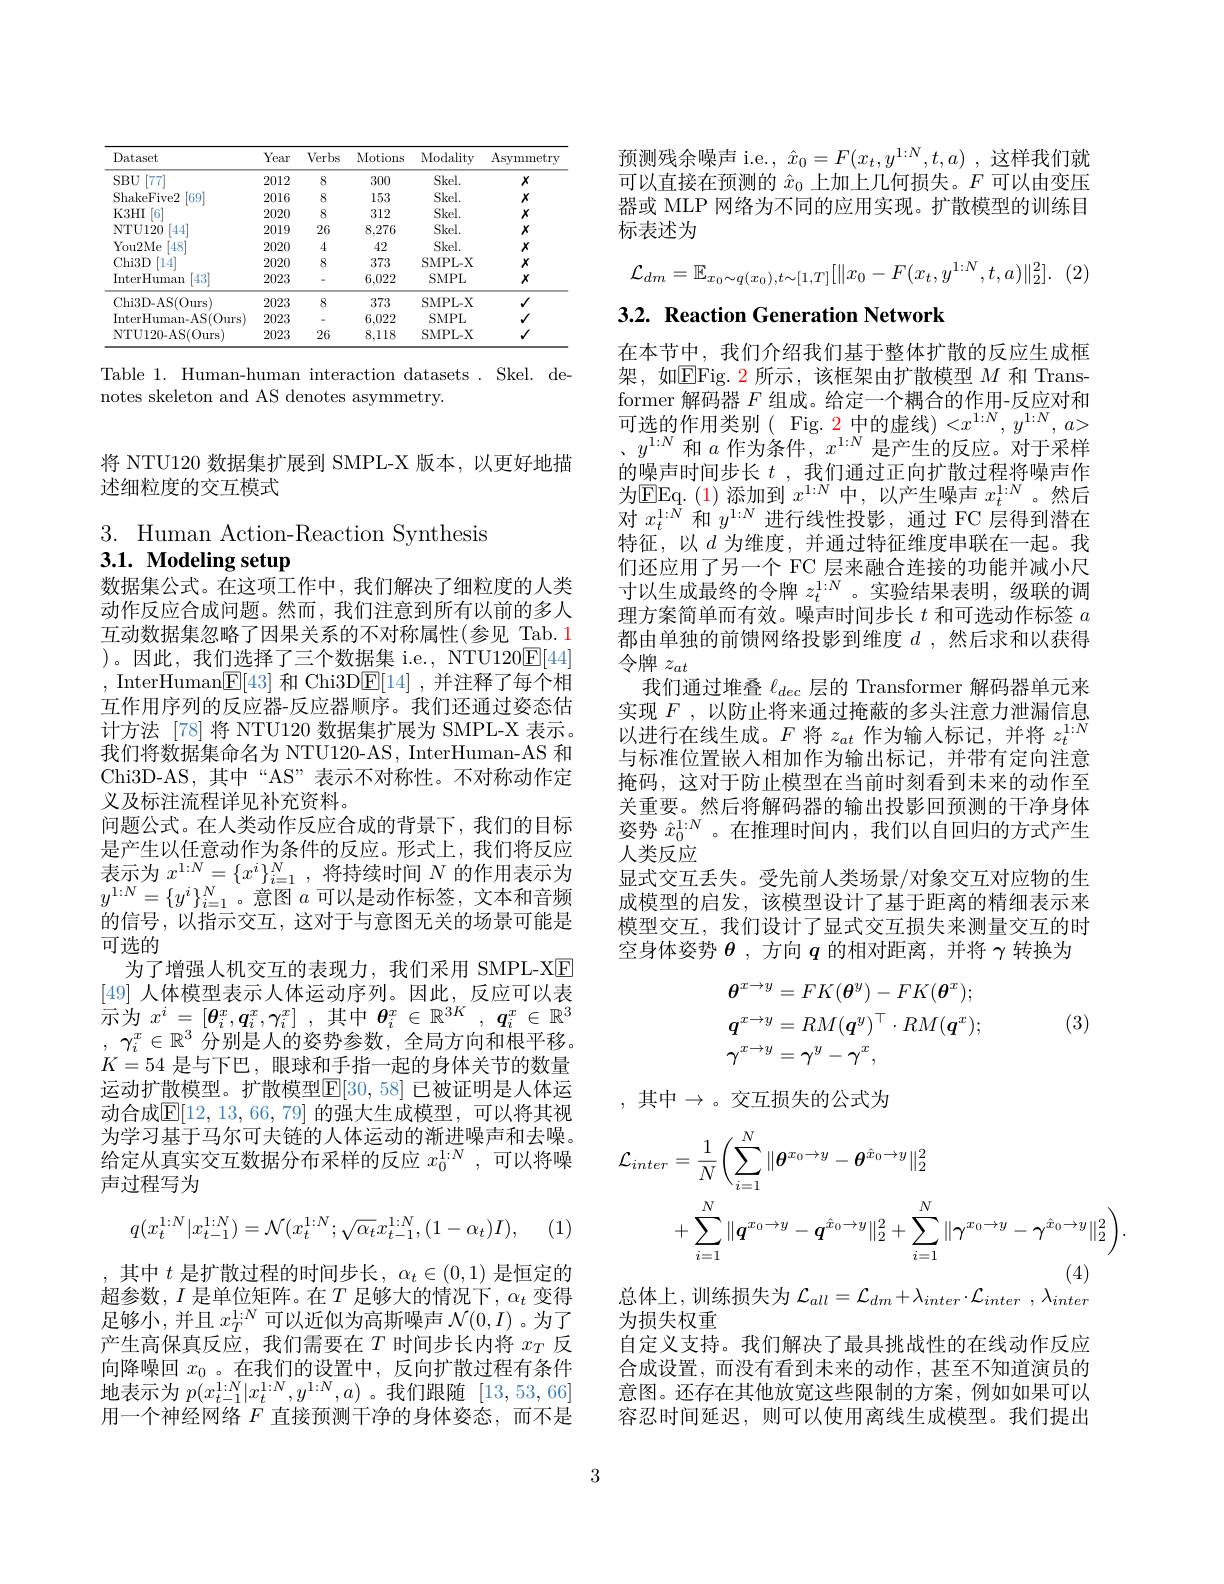
<table>
	<tbody>
		<tr>
			<th>Dataset</th>
			<th>Year</th>
			<th>Verbs</th>
			<th>Motions</th>
			<th>Modality</th>
			<th>Asymmetry</th>
		</tr>
		<tr>
			<td>$SBU$ [777]</td>
			<td>2012</td>
			<td>8</td>
			<td>300</td>
			<td>$Skel.$</td>
			<td>$X$</td>
		</tr>
		<tr>
			<td>ShakeFive2 $\lceil69\rceil$</td>
			<td>2016</td>
			<td>8</td>
			<td>153</td>
			<td>$Skel.$</td>
			<td>$X$</td>
		</tr>
		<tr>
			<td>K3HI [6]</td>
			<td>2020</td>
			<td>8</td>
			<td>312</td>
			<td>$Skel.$</td>
			<td>$X$</td>
		</tr>
		<tr>
			<td>NTU120 $[44]^{2}$</td>
			<td>2019</td>
			<td>26</td>
			<td>8,276</td>
			<td>$Skel.$</td>
			<td>$X$</td>
		</tr>
		<tr>
			<td>You2Me $[48^{*}$</td>
			<td>2020</td>
			<td>4</td>
			<td>42</td>
			<td>$Skel.$</td>
			<td>$X$</td>
		</tr>
		<tr>
			<td>$Chi3D$ 14</td>
			<td>2020</td>
			<td>8</td>
			<td>373</td>
			<td>SMPL- X</td>
			<td>$X$</td>
		</tr>
		<tr>
			<td>InterHuman [43]</td>
			<td>2023</td>
			<td> </td>
			<td>6,022</td>
			<td>SMPL</td>
			<td>$X$</td>
		</tr>
		<tr>
			<td>Chi3D-AS(Ours)</td>
			<td>2023</td>
			<td>8</td>
			<td>373</td>
			<td>SMPL- X</td>
			<td>$√$</td>
		</tr>
		<tr>
			<td>InterHuman- AS(Ours</td>
			<td>2023</td>
			<td> </td>
			<td>6,022</td>
			<td>SMPL</td>
			<td>$√$</td>
		</tr>
		<tr>
			<td>NTU120-AS(Ours</td>
			<td>2023</td>
			<td>26</td>
			<td>8,118</td>
			<td>SMPL- X</td>
			<td>$√$</td>
		</tr>
	</tbody>
</table>

Table 1. Human-human interaction datasets. Skel. de-
notes skeleton and AS denotes asymmetry.

将 NTU120 数据集扩展到 SMPL-X 版本，以更好地描
述细粒度的交互模式

3. Human Action-Reaction Synthesis
3.1. Modeling setup
数据集公式。在这项工作中，我们解决了细粒度的人类

动作反应合成问题。然而，我们注意到所有以前的多人互动数据集忽略了因果关系的不对称属性(参见 Tab.1 )。因此，我们选择了三个数据集 i.e., NTU120$\boxed{\mathrm{E}}[44]$ , InterHuman$\boxed{\mathrm{E}}[43]$ 和 Chi3D$\boxed{\mathrm{F}}[14]$,并注释了每个相互作用序列的反应器-反应器顺序。我们还通过姿态估计方法 [78] 将 NTU120 数据集扩展为 SMPL-X 表示。我们将数据集命名为 NTU120-AS, InterHuman-AS 和Chi3D-AS,其中“AS”表示不对称性。不对称动作定义及标注流程详见补充资料。
问题公式。在人类动作反应合成的背景下，我们的目标是产生以任意动作为条件的反应。形式上，我们将反应$\begin{array}{ll}{\text{定}}&{\text{上以口密明}|\text{下方公}||\text{时及应。}}\\{\text{表示为 }x^{1:N}=\{x^{i}\}_{i=1}^{N},\text{将持续时间 }N\text{ 的作用表示为}}\\{\text{1:N}}&{\text{ i,N}}\end{array}$ $y^{1:N}=\{y^i\}_{i=1}^N$。意图$a$可以是动作标签，文本和音频的信号，以指示交互，这对于与意图无关的场景可能是可选的
为了增强人机交互的表现力，我们采用 SMPL-XE [49]人体模型表示人体运动序列。因此，反应可以表示为$x^i= [ \boldsymbol{\theta }_i^x, \boldsymbol{q}_i^x, \gamma _i^x]$ ,其中$\boldsymbol{\theta }_i^x\in \mathbb{R} ^3K$ , $\boldsymbol{q}_i^x\in \mathbb{R} ^3$ , $\gamma _i^x\in \mathbb{R} ^3$分别是人的姿势参数，全局方向和根平移。$K=54$是与下巴，眼球和手指一起的身体关节的数量运动扩散模型。扩散模型$\mathbb{E}[30,58]$ 已被证明是人体运动合成$\overline{\mathbb{E}}[12,13,66,79]$ 的强大生成模型，可以将其视为学习基于马尔可夫链的人体运动的渐进噪声和去噪。给定从真实交互数据分布采样的反应$x_0^{1:N}$,可以将噪声过程写为
$$q(x_t^{1:N}|x_{t-1}^{1:N})=\mathcal{N}(x_t^{1:N};\sqrt{\alpha_t}x_{t-1}^{1:N},(1-\alpha_t)I),$$
(1)

其中$t$是扩散过程的时间步长，$\alpha_t\in(0,1)$是恒定的超参数，$I$是单位矩阵。在$T$足够大的情况下，$\alpha_t$变得足够小，并且$x_T^{1:N}$可以近似为高斯噪声$\mathcal{N}(0,I)$ 。为了产生高保真反应，我们需要在$T$时间步长内将$x_T$反向降噪回$x_0$ 。在我们的设置中，反向扩散过程有条件地表示为$p(x_{t-1}^{1:N}|x_{t}^{1:N},y^{1:N},a)$ 。我们跟随[13,53,66] 用一个神经网络$F$直接预测干净的身体姿态，而不是

预测残余噪声 i.e., $\hat{x}_0=F(x_t,y^{1:N},t,a)$ ,这样我们就可以直接在预测的$\hat{x}_0$上加上几何损失。$F$可以由变压器或 MLP 网络为不同的应用实现。扩散模型的训练目标表述为
$$\mathcal{L}_{dm}=\mathbb{E}_{x_0\sim q(x_0),t\sim[1,T]}[\|x_0-F(x_t,y^{1:N},t,a)\|_2^2].$$
## 3.2. Reaction Generation Network

在本节中，我们介绍我们基于整体扩散的反应生成框架，如$\overline{\mathrm{EFig.~2~所示，~该框架由扩散模型~}}M$ 和 Transformer 解码器$F$组成。给定一个耦合的作用-反应对和可选的作用类别( Fig. 2 中的虚线) $<x^1:N,y^{1:N},a>$ $y^{1: N}$和$a$作为条件$,x^1:N$是产生的反应。对于采样的噪声时间步长$t$ ,我们通过正向扩散过程将噪声作为EEq. ( 1) 添 加 到 $x^{1: N}$ 中，以产生噪声 $x_t^{1:N}$。然后对$x_t^{1:N}$和$y^{1:N}$进行线性投影，通过 FC 层得到潜在特征，以$d$ 为维度，并通过特征维度串联在一起。我们还应用了另一个 FC 层来融合连接的功能并减小尺寸以生成最终的令牌$z_t^{1:N}$。实验结果表明，级联的调理方案简单而有效。噪声时间步长$t$和可选动作标签$a$ 都由单独的前馈网络投影到维度$d$ ,然后求和以获得令牌$z_{at}$
我们通过堆叠$\ell_{dec}$层的 Transformer 解码器单元来实现$F$,以防止将来通过掩蔽的多头注意力泄漏信息以进行在线生成。$F$将$z_at$作为输入标记，并将$z_t^1:N$ 与标准位置嵌入相加作为输出标记，并带有定向注意掩码，这对于防止模型在当前时刻看到未来的动作至关重要。然后将解码器的输出投影回预测的干净身体姿势$\hat{x}_0^{1:N}$。在推理时间内，我们以自回归的方式产生人类反应
显式交互丢失。受先前人类场景/对象交互对应物的生成模型的启发，该模型设计了基于距离的精细表示来模型交互，我们设计了显式交互损失来测量交互的时空身体姿势$\theta$ ,方向$q$的相对距离，并将$\gamma$转换为
$$\begin{aligned}&\boldsymbol{\theta}^{x\to y}=FK(\boldsymbol{\theta}^{y})-FK(\boldsymbol{\theta}^{x});\\&\boldsymbol{q}^{x\to y}=RM(\boldsymbol{q}^{y})^{\top}\cdot RM(\boldsymbol{q}^{x});\\&\gamma^{x\to y}=\gamma^{y}-\gamma^{x},\end{aligned}$$
(3)

, 其中$\to$。交互损失的公式为
$$\begin{aligned}\mathcal{L}_{inter}&=\frac{1}{N}\bigg(\sum_{i=1}^{N}\|\boldsymbol{\theta}^{x_{0}\to y}-\boldsymbol{\theta}^{\hat{x}_{0}\to y}\|_{2}^{2}\\&+\sum_{i=1}^{N}\|\boldsymbol{q}^{x_{0}\to y}-\boldsymbol{q}^{\hat{x}_{0}\to y}\|_{2}^{2}+\sum_{i=1}^{N}\|\boldsymbol{\gamma}^{x_{0}\to y}-\boldsymbol{\gamma}^{\hat{x}_{0}\to y}\|_{2}^{2}\bigg).\end{aligned}$$
总体上，训练损失为$\mathcal{L}_all=\mathcal{L}_{dm}+\lambda_{inter}\cdot\mathcal{L}_{inter}^{(4)}$

为损失权重
自定义支持。我们解决了最具挑战性的在线动作反应合成设置，而没有看到未来的动作，甚至不知道演员的意图。还存在其他放宽这些限制的方案，例如如果可以容忍时间延迟，则可以使用离线生成模型。我们提出

3